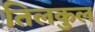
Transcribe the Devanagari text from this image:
तिलकुल